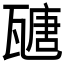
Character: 𤮂